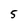
Character: 5